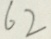
6 2